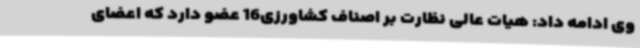
وی ادامه داد: هیات عالی نظارت بر اصناف کشاورزی16 عضو دارد که اعضای